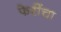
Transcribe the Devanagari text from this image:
फेरींचा